Statistics of inoculations with Haffkine's anti-plague vaccine 1897-1900
Year: 1897
Disease focus: Plague
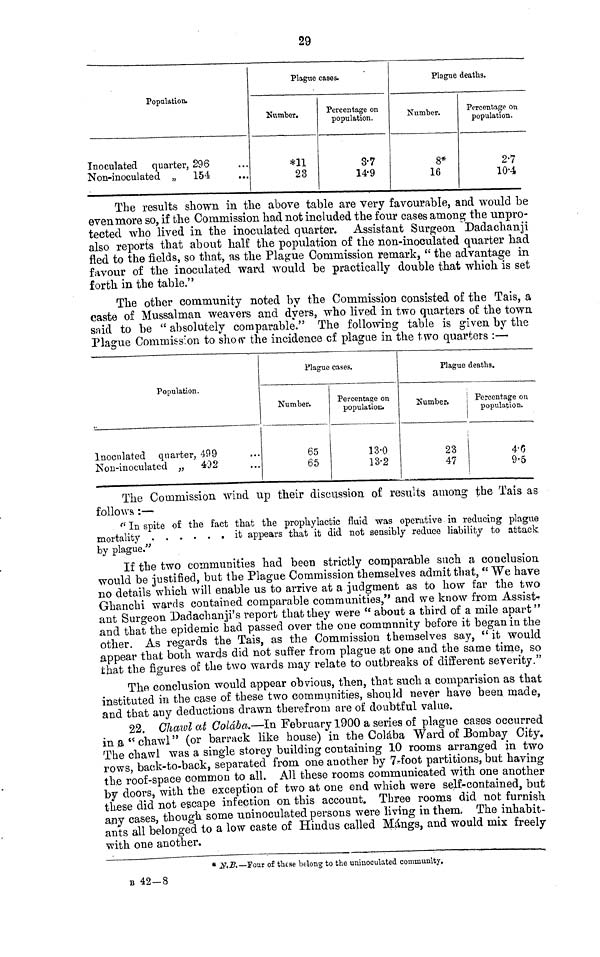
29
Population.
Inoculated quarter, 296
Non-inoculated „
154
Plague cases.
Number.
*11
23
Percentage on
population.
3-7
14.9
Plague deaths.
Number.
8*
16
Percentage on
population.
2.7
10.4
The results shown in the above table are very favourable, and would be
even more so, if the Commission had not included the four cases among the unpro-
tected who lived in the inoculated quarter. Assistant Surgeon Dadachanji
also reports that about half the population of the non-inoculated quarter had
fled to the fields, so that, as the Plague Commission remark, " the advantage in
favour of the inoculated ward would be practically double that which is set
forth in the table."
The other community noted by the Commission consisted of the Tais, a
caste of Mussalman weavers and dyers, who lived in two quarters of the town
said to be " absolutely comparable." The following table is given by the
Plague Commission to show the incidence cf plague in the two quarters :-—
Population.
Inoculated quarter, 499 ...
Non-inoculated ,, 492 ...
Plague cases.
Number.
65
65
Percentage on
population.
13.0
13.2
Plague deaths.
Number.
23
47
Percentage on
population.
4.6
9.5
The Commission wind up their discussion of results among the Tais as
follows :—
" In spite of the fact that the prophylactic fluid was operative in reducing plague
mortality
it appears that it did not sensibly reduce liability to attack
by plague."
If the two communities had been strictly comparable such a conclusion
would be justified, but the Plague Commission themselves admit that, " We have
no details which will enable us to arrive at a judgment as to how far the two
Ghanchi wards contained comparable communities," and we know from Assist-
ant Surgeon Dadachanji's report that they were " about a third of a mile apart "
and that the epidemic had passed over the one community before it began in the
other. As regards the Tais, as the Commission themselves say, " it would
appear that both wards did not suffer from plague at one and the same time, so
that the figures of the two wards may relate to outbreaks of different severity."
The conclusion would appear obvious, then, that such a comparision as that
instituted in the case of these two communities, should never have been made,
and that any deductions drawn therefrom are of doubtful value.
22. Chawl at Colaba.—In February 1900 a series of plague cases occurred
in & " chawl" (or barrack like house) in the Colaba Ward of Bombay City.
The chawl was a single storey building containing 10 rooms arranged in two
rows, back-to-back, separated from one another by 7-foot partitions, but having
the roof-space common to all. All these rooms communicated with one another
by doors, with the exception of two at one end which were self-contained, but
these did not escape infection on this account. Three rooms did not furnish
any cases, though some uninoculated persons were living in them, The inhabit-
ants all belonged to a low caste of Hindus called Mángs, and would mix freely
with one another.
* Ν.Β.—Four of these belong to the uniuoculated community.
Β 42-8